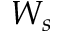
W _ { s }